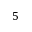
5